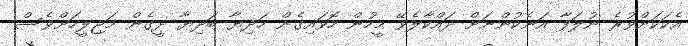
އެކަކަށްވުރެ ނުލަފާ އަނެކުންނަށް ދައްކާލެވޭ މީހުން ހޮވައިގެން ހަދިޔާ ބަދިޔާ ދީގެން މަޖިލީހަށްވެސް